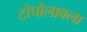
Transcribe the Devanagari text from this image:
टोपोलावला